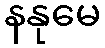
နနုမေ